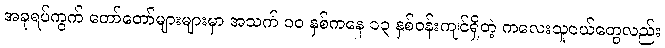
အခုရပ်ကွက် တော်တော်များများမှာ အသက် ၁၀ နှစ်ကနေ ၁၃ နှစ်ဝန်းကျင်ရှိတဲ့ ကလေးသူငယ်တွေလည်း